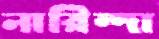
নারিন্দা